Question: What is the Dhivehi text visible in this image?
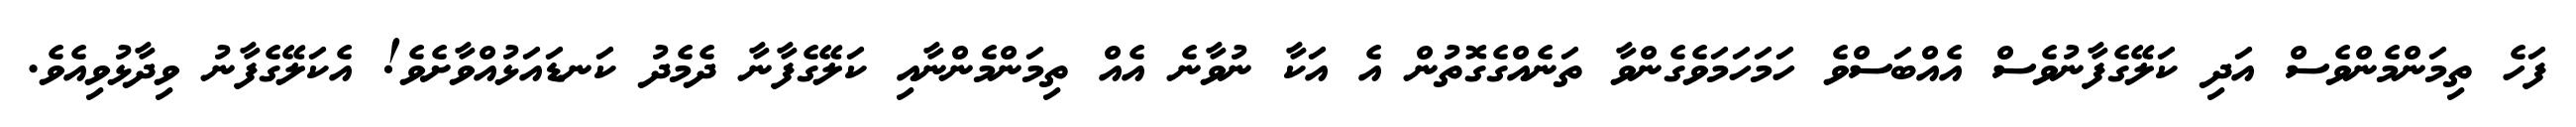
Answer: ފަހެ ތިމަންމެންވެސް އަދި ކަލޭގެފާނުވެސް އެއްބަސްވެ ހަމަހަމަވެގެންވާ ތަނެއްގެގޮތުން އެ އަކާ ނުވާނެ އެއް ތިމަންމެންނާއި ކަލޭގެފާނާ ދެމެދު ކަނޑައަޅުއްވާށެވެ! އެކަލޭގެފާނު ވިދާޅުވިއެވެ.